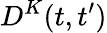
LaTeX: D^{K}(t,t^{\prime})